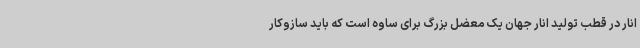
انار در قطب تولید انار جهان یک معضل بزرگ برای ساوه است که باید سازوکار